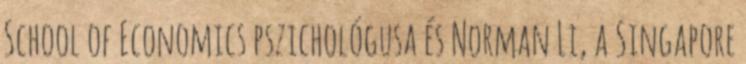
School of Economics pszichológusa és Norman Li, a Singapore